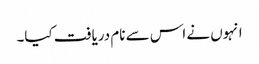
انہوں نے اس سے نام دریافت کیا۔